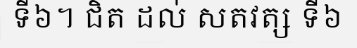
ទី៦។ ជិត ដល់ សតវត្ស ទី៦